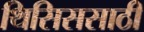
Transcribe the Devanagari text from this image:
थिसिससाठी